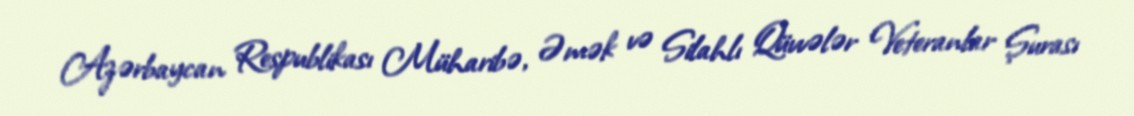
Azərbaycan Respublikası Müharibə, Əmək və Silahlı Qüvvələr Veteranlar Şurası